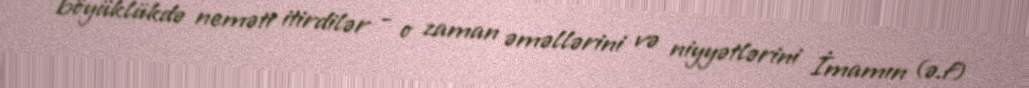
böyüklükdə neməti itirdilər - o zaman əməllərini və niyyətlərini İmamın (ə.f)